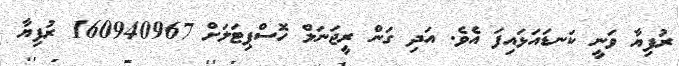
ރުފިޔާ ވަނީ ކަނޑައަޅައިފަ އެވެ. އަދި ގަން ރީޖަނަލް ހޮސްޕިޓަލަށް 160940967 ރުފިޔާ